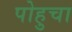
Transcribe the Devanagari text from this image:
पोहुचा